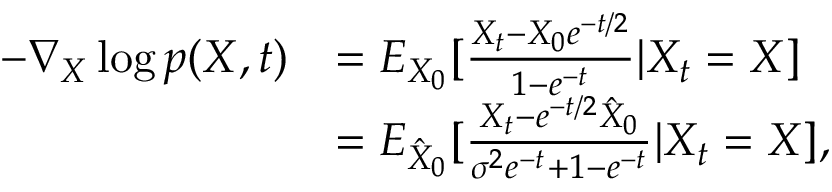
\begin{array} { r l } { - \nabla _ { X } \log p ( X , t ) } & { = E _ { X _ { 0 } } [ \frac { X _ { t } - X _ { 0 } e ^ { - t / 2 } } { 1 - e ^ { - t } } | X _ { t } = X ] } \\ & { = E _ { \hat { X } _ { 0 } } [ \frac { X _ { t } - e ^ { - t / 2 } \hat { X } _ { 0 } } { \sigma ^ { 2 } e ^ { - t } + 1 - e ^ { - t } } | X _ { t } = X ] , } \end{array}